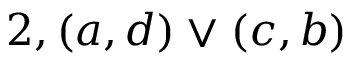
2 , ( a , d ) \lor ( c , b )